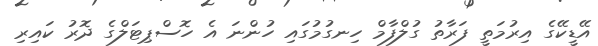
އޭޑީކޭގެ އިރުމަތީ ފަރާތު ގުލްފާމް ހިނގުމުގައި ހުންނަ އެ ހޮސްޕިޓަލްގެ ދޮރު ކައިރި